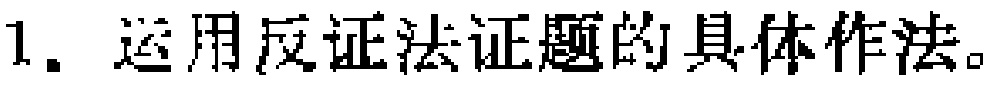
1. 运用反证法证题的具体作法。